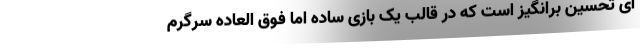
ای تحسین برانگیز است که در قالب یک بازی ساده اما فوق العاده سرگرم